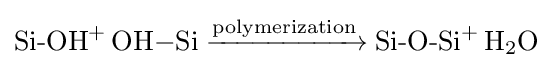
{\ce {{Si-OH}+ OH-Si ->[{\ce {polymerization}}] {Si-O-Si}+ H2O}}